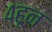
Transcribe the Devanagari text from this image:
४हून